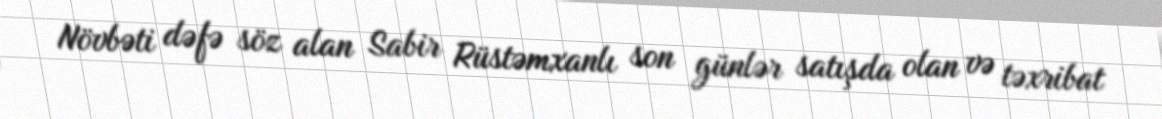
Növbəti dəfə söz alan Sabir Rüstəmxanlı son günlər satışda olan və təxribat